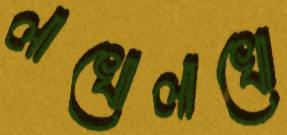
লাখোলাখো